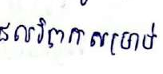
ផលវិបាកសម្រាប់